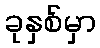
ခုနှစ်မှာ